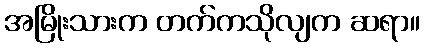
အမြိုးသားက တက်ကသိုလျက ဆရာ။